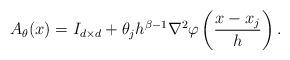
LaTeX: \begin{align*}A_\theta(x) = I_{d \times d} + \theta_j h^{\beta - 1} \nabla^2 \varphi \left(\frac{x - x_j}h \right).\end{align*}